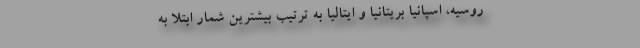
روسیه، اسپانیا بریتانیا و ایتالیا به ترتیب بیشترین شمار ابتلا به